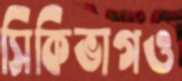
সিকিভাগও